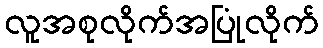
လူအစုလိုက်အပြုံလိုက်